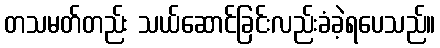
တသမတ်တည်း သယ်ဆောင်ခြင်းလည်းခံခဲ့ရပေသည်။